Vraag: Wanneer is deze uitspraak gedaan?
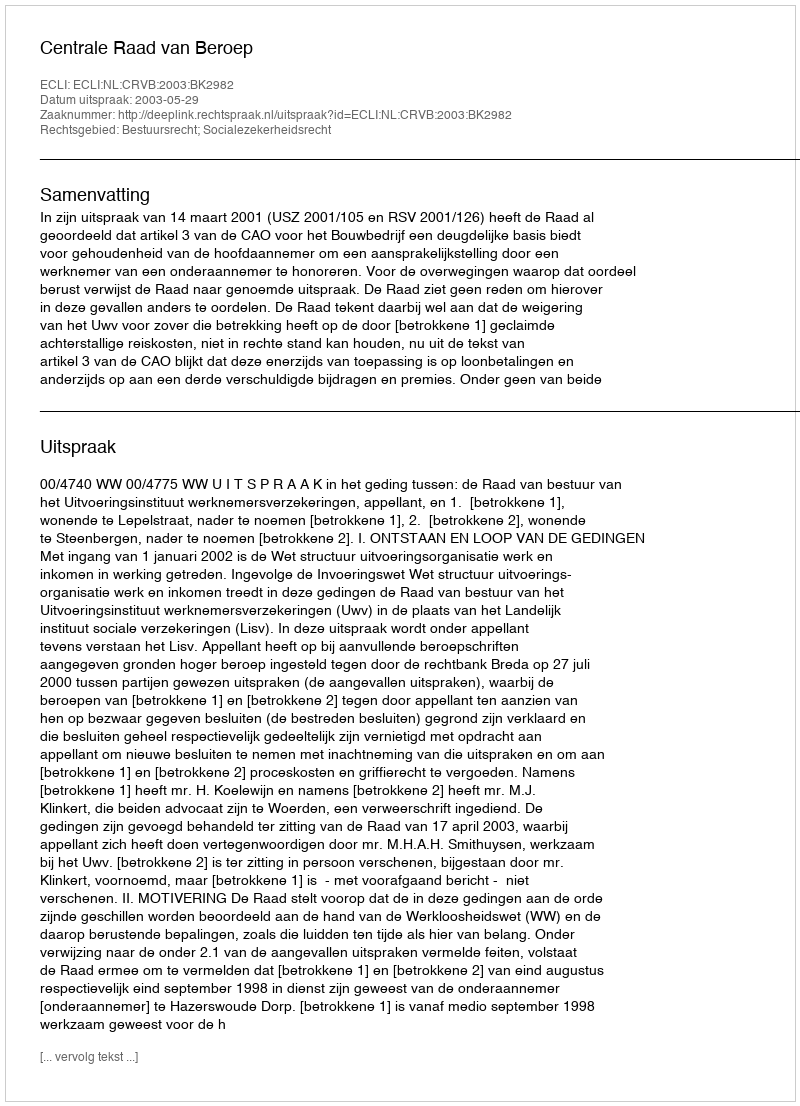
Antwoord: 2003-05-29